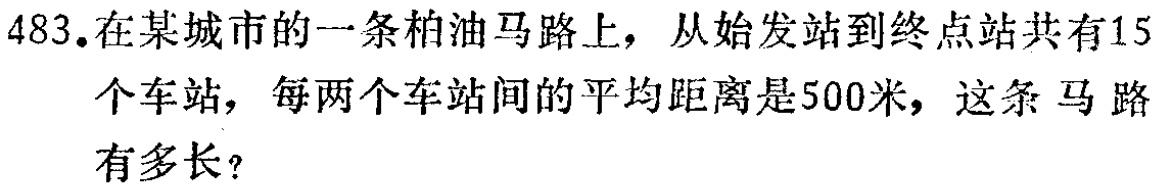
483.在某城市的一条柏油马路上，从始发站到终点站共有15个车站，每两个车站间的平均距离是500米，这条马路有多长？